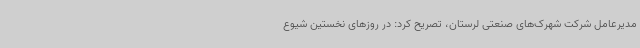
مدیرعامل شرکت شهرک‌های صنعتی لرستان، تصریح کرد: در روزهای نخستین شیوع